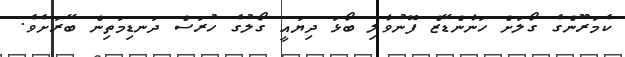
ކެމަރޫންގެ ގޯލަށް ހަނާންޑޭޒް ފޮނުވާލި ބޯޅަ ދިޔައީ ގޯލުގެ ހުރަސް ދަނޑިމަތިން ބޭރަށެވެ.